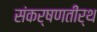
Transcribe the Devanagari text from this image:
संकर्षणतीर्थ